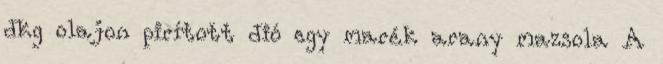
dkg olajon pirított dió egy marék arany mazsola A